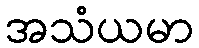
အသံယမာ